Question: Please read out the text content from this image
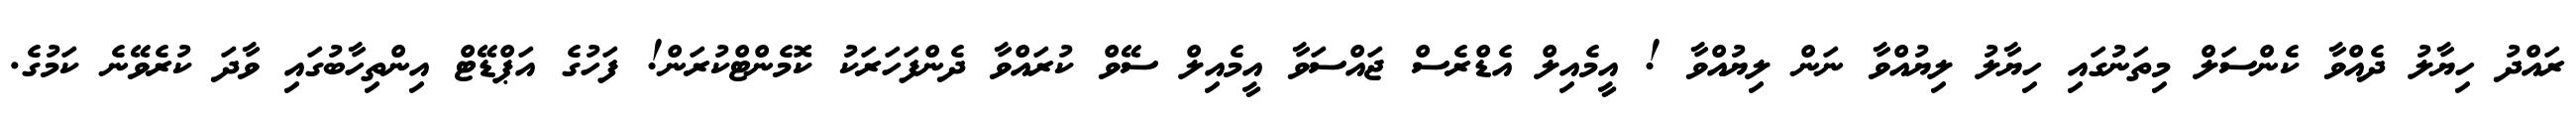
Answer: ރައްދު ހިޔާލު ދެއްވާ ކެންސަލް މިތަނުގައި ހިޔާލު ލިޔުއްވާ ނަން ލިޔުއްވާ ! އީމެއިލް އެޑްރެސް ޖައްސަވާ އީމެއިލް ސޭވް ކުރައްވާ ދެންފަހަރަކު ކޮމެންޓްކުރަން! ފަހުގެ އަޕްޑޭޓް އިންތިހާބުގައި ވާދަ ކުރެވޭނެ ކަމުގެ.